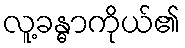
လူ့ခန္ဓာကိုယ်၏